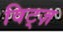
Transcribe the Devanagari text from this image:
विट्ज़